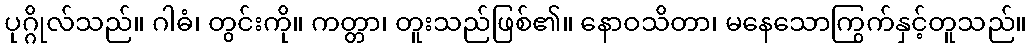
ပုဂ္ဂိုလ်သည်။ ဂါဓံ၊ တွင်းကို။ ကတ္တာ၊ တူးသည်ဖြစ်၏။ နောဝသိတာ၊ မနေသောကြွက်နှင့်တူသည်။